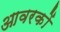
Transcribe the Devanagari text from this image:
आवरकों